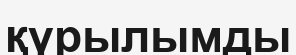
қүрылымды